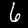
Label: 6